Scientific memoirs by medical officers of the Army of India - Part II,
Year: 1886
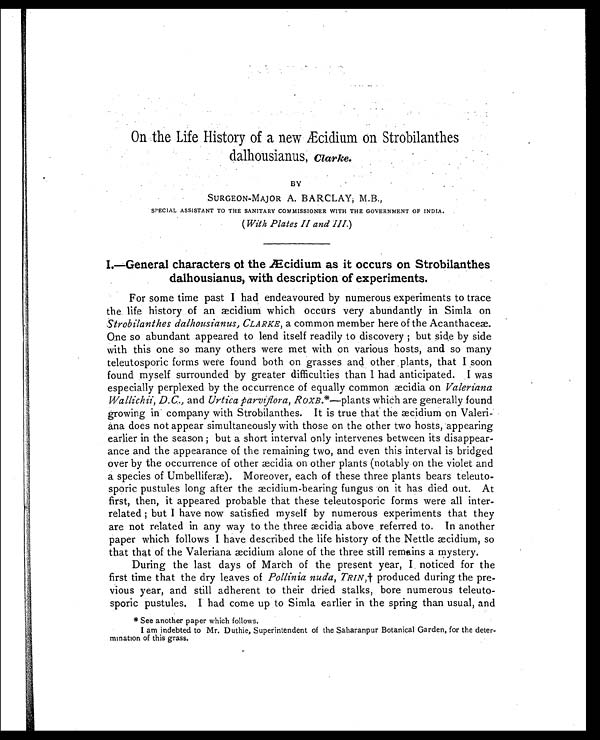
On the Life History of a new Æcidium on Strobilanthes
dalhousianus, Clarke.
BY
SURGEON-MAJOR A. BARCLAY; M.B.,
SPECIAL ASSISTANT TO THE SANITARY COMMISSIONER WITH THE GOVERNMENT OF INDIA.
( With Plates II and III. )
I.—General characters of the Æcidium as it occurs on Strobilanthes
dalhousianus, with description of experiments.
For some time past I had endeavoured by numerous experiments to trace
the life history of an æcidium which occurs very abundantly in Simla on
Strobilanthes dalhousianus, CLARKE, a common member here of the Acanthaceæ.
One so abundant appeared to lend itself readily to discovery ; but side by side
with this one so many others were met with on various hosts, and so many
teleutosporic forms were found both on grasses and other plants, that I soon
found myself surrounded by greater difficulties than I had anticipated. I was
especially perplexed by the occurrence of equally common æcidia on Valeriana
Wallichii, D.C., and Urtica parviflora, RoxB. *—plants which are generally found
growing in company with Strobilanthes. It is true that the æcidium on Valeri-
ana does not appear simultaneously with those on the other two hosts, appearing
earlier in the season ; but a short interval only intervenes between its disappear-
ance and the appearance of the remaining two, and even this interval is bridged
over by the occurrence of other æcidia on other plants (notably on the violet and
a species of Umbelliferæ). Moreover, each of these three plants bears teleuto
-sporic pustules long after the æcidium-bearing fungus on it has died out. At
first, then, it appeared probable that these teleutosporic forms were all inter
-related ; but I have now satisfied myself by numerous experiments that they
are not related in any way to the three æcidia above referred to. In another
paper which follows I have described the life history of the Nettle æcidium, so
that that of the Valeriana æcidium alone of the three still remains a mystery.
During the last days of March of the present year, I noticed for the
first time that the dry leaves of Pollinia nuda, TRIN,† produced during the pre
-vious year, and still adherent to their dried stalks, bore numerous teleuto-
sporic pustules. I had come up to Simla earlier in the spring than usual, and
* See another paper which follows.
I am indebted to Mr. Duthie, Superintendent of the Saharanpur Botanical Garden, for the deter-
mination of this grass.